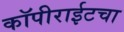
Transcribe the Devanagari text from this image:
कॉपीराईटचा